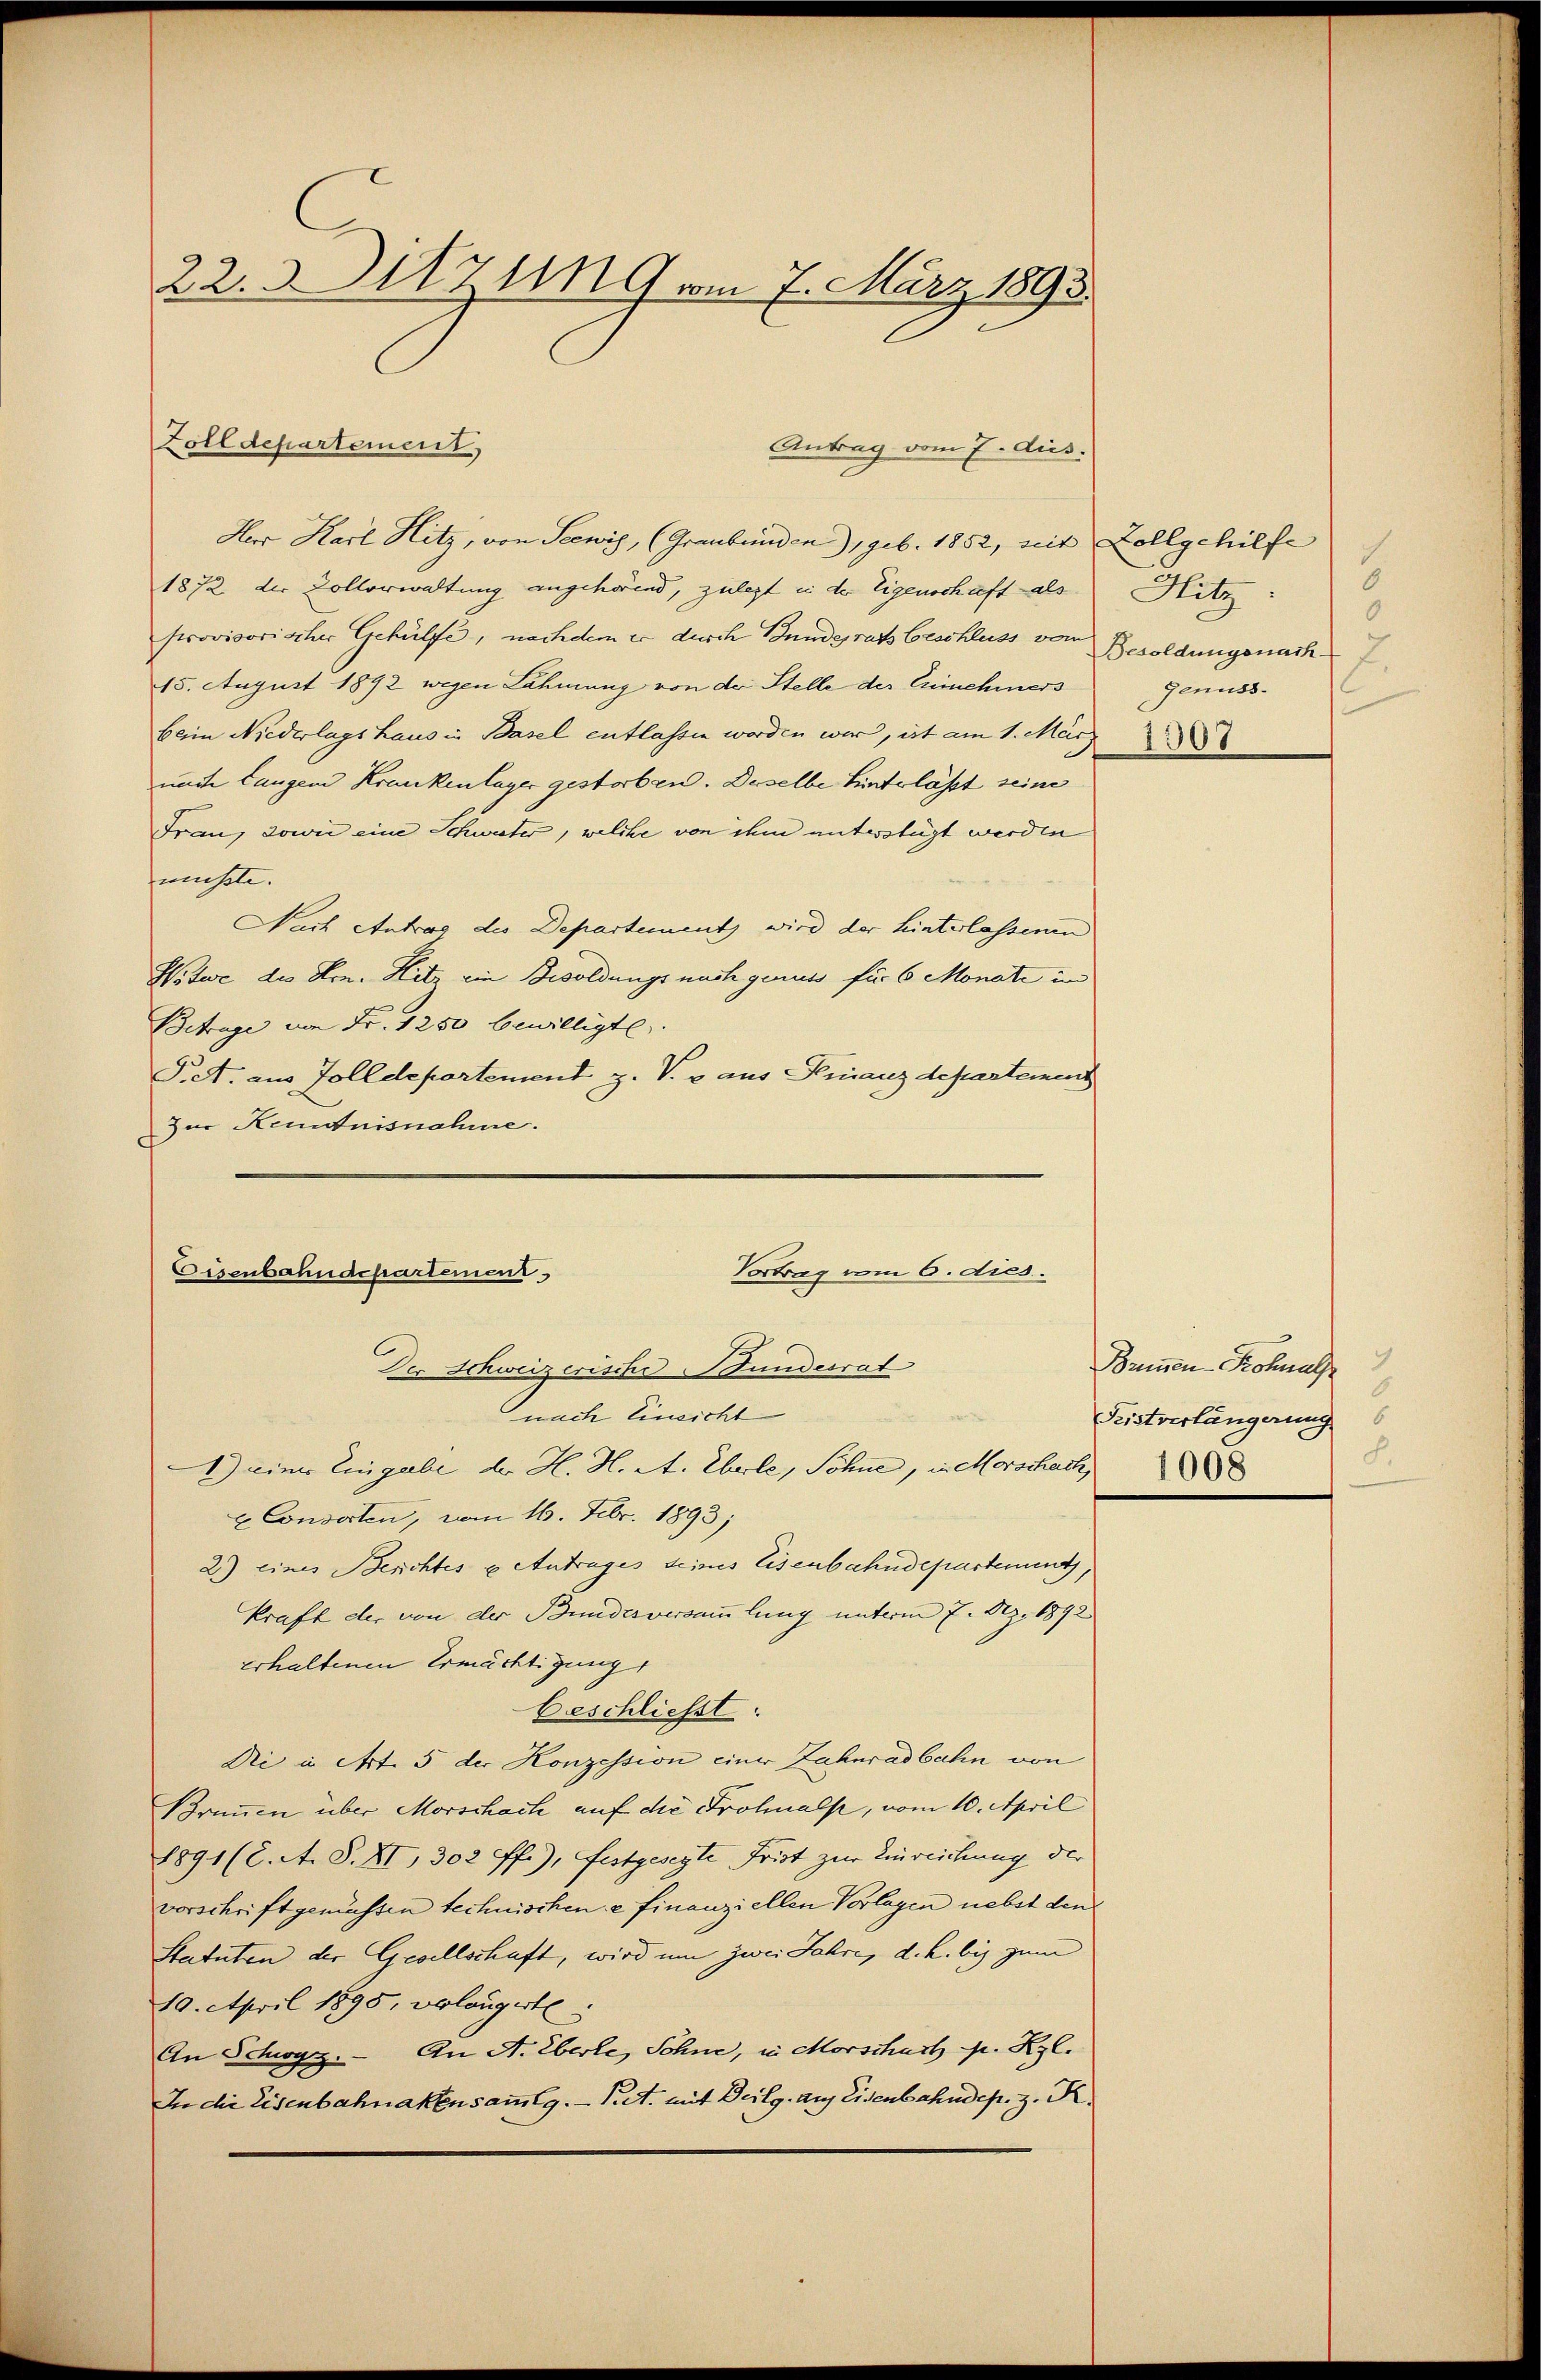
22. Sitzung vom 7. März 1893.

Herr Karl Hitz, von Seewis, (Graubünden), geb. 1852, weit Zollgehilfe
1872 der Zollorwaltung angehörend, zulezt in der Eigenschaft als
provisorischer Gehülfe, nachdem er durch Bundesrat beschluss von Besoldungsnach
15. August 1892 wegen Lähmung von der Stelle der Erinnehmers
beim Niederlagshaus in Basel entlassen worden war, ist am 1. Mär
nach Langen Krankenlager gestorben. Daselbe hinterlässt seine
Frau, sowie eine Schweiter, welche von ihm unterstügt werden
müsste. |
Nach Antrag des Departement wird der hinterlassenen
Witwe des Hrn. Hitz ein Besoldungs nach genuss für 6 Monate in
Betrage von Fr. 1250 bewilligte.
Pet. aus Zolldepartement z. V. v aus Finanzdepartement
Zur Kenntnisnahme.

Zolldepartement

Antrag vom 7. dus.

Vortrag um 6. dies
Eisenbahndepartement
Der Schweizerische Stundesrat
nach Einsicht

1) eine Eingabe der H. H. A. Eberle, Söhne, in Morschach
x Consorten, vom 16. Febr. 1893;
2) eines Berichtes u Antrages deines Eisenbahndepartement,
kraft der von der Bundesversammlung unterm 7. Dez. 1892
erhaltenen Ermächtigung
beschließt:
Di in Art. 5 der Konzession einer Zahnradbahn von
Brunnen über Morschach auf die Frolinalp, vom 10. April
1891 (2. A. S. XI, 302 ff.), festgesezte Frist zur Einreichung der
vorschrift gemüssen technischen e finanziellen Vorlagen nebst den
Statuten der Gesellschaft, wird um zwei Jahre, d. h. bis zum
10. April 1895, volangerte
An Schwyz. An A. Eberle, Sohne, in Morschart pr. Kgl.
In die Eisenbahnaken sammlg.  Pret. mit Deilg. auf Eisenbahndep. z. R.

5
Hitz
0
genuss.
1307

Bremen - Rohnal
Peistverlängerung
8.
1008